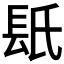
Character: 𨱡